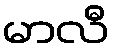
မာလီ